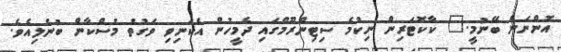
އޮންނަން ބޭނުމީ." ކާކޮޓަރިން ނިކުމެ ސިޓިންރޫމްގައި ދެމީހުން އެކަނިވި ވަގުތު މުސްކާން ބުނެލިއެވެ.